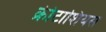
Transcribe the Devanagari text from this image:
क्रीटाशियस